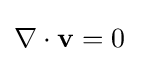
{\begin{aligned}\nabla \cdot \mathbf {v} &=0\end{aligned}}